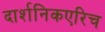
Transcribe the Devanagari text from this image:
दार्शनिकएरिच